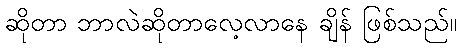
ဆိုတာ ဘာလဲဆိုတာလေ့လာနေ ချိန် ဖြစ်သည်။